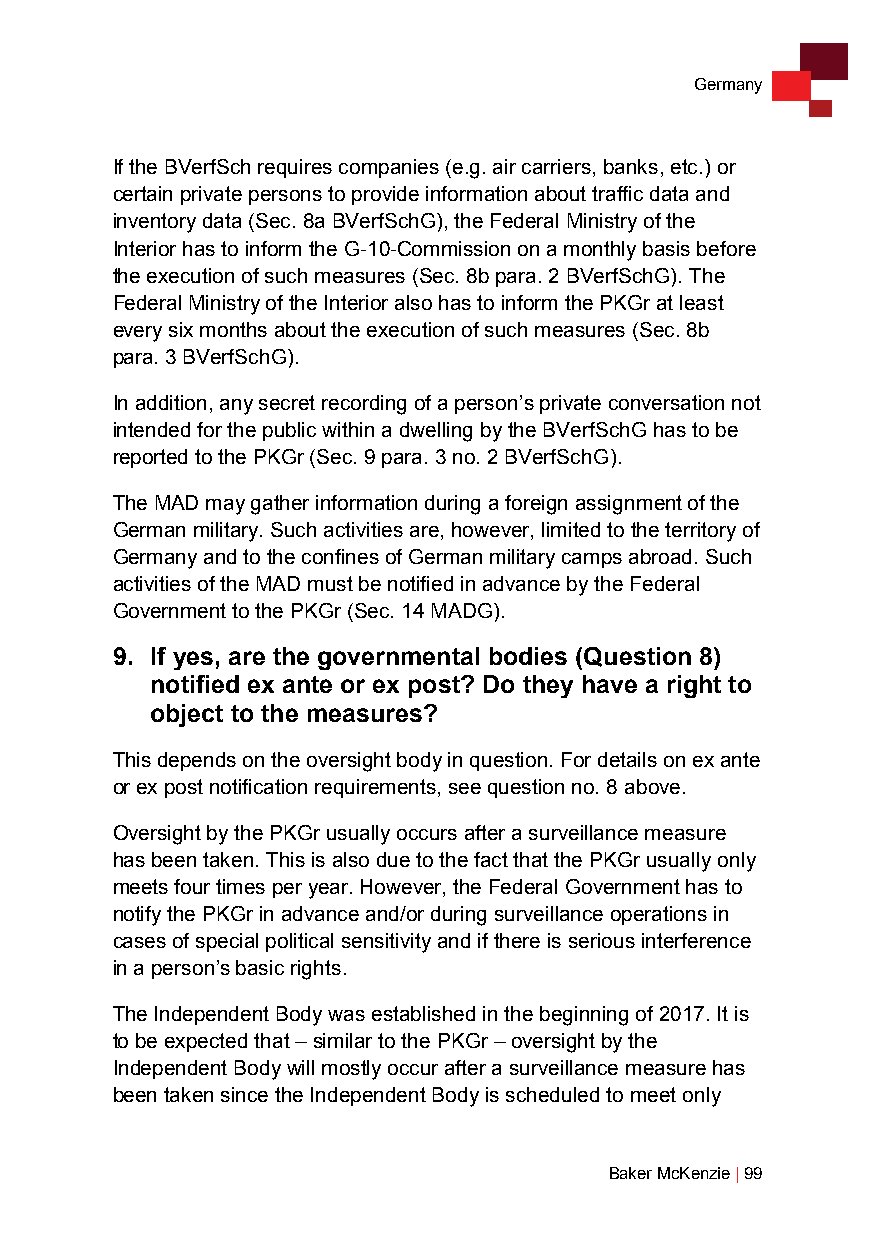
Germany
 If the BVerfSch requires companies (e.g. air carriers, banks, etc.) or
 certain private persons to provide information about traffic data and
 inventory data (Sec. 8a BVerfSchG), the Federal Ministry of the
 Interior has to inform the G-10-Commission on a monthly basis before
 the execution of such measures (Sec. 8b para. 2 BVerfSchG). The
 Federal Ministry of the Interior also has to inform the PKGr at least
 every six months about the execution of such measures (Sec. 8b
 para. 3 BVerfSchG).
 In addition, any secret recording of a person’s private conversation not
 intended for the public within a dwelling by the BVerfSchG has to be
 reported to the PKGr (Sec. 9 para. 3 no. 2 BVerfSchG).
 The MAD may gather information during a foreign assignment of the
 German military. Such activities are, however, limited to the territory of
 Germany and to the confines of German military camps abroad. Such
 activities of the MAD must be notified in advance by the Federal
 Government to the PKGr (Sec. 14 MADG).
 9. If yes, are the governmental bodies (Question 8)
 notified ex ante or ex post? Do they have a right to
 object to the measures?
 This depends on the oversight body in question. For details on ex ante
 or ex post notification requirements, see question no. 8 above.
 Oversight by the PKGr usually occurs after a surveillance measure
 has been taken. This is also due to the fact that the PKGr usually only
 meets four times per year. However, the Federal Government has to
 notify the PKGr in advance and/or during surveillance operations in
 cases of special political sensitivity and if there is serious interference
 in a person’s basic rights.
 The Independent Body was established in the beginning of 2017. It is
 to be expected that – similar to the PKGr – oversight by the
 Independent Body will mostly occur after a surveillance measure has
 been taken since the Independent Body is scheduled to meet only
 Baker McKenzie | 99